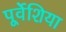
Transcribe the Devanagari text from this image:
पूर्वेशिया